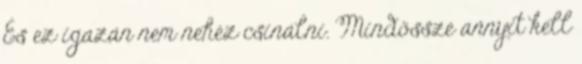
És ez igazán nem nehéz csinálni. Mindössze annyit kell